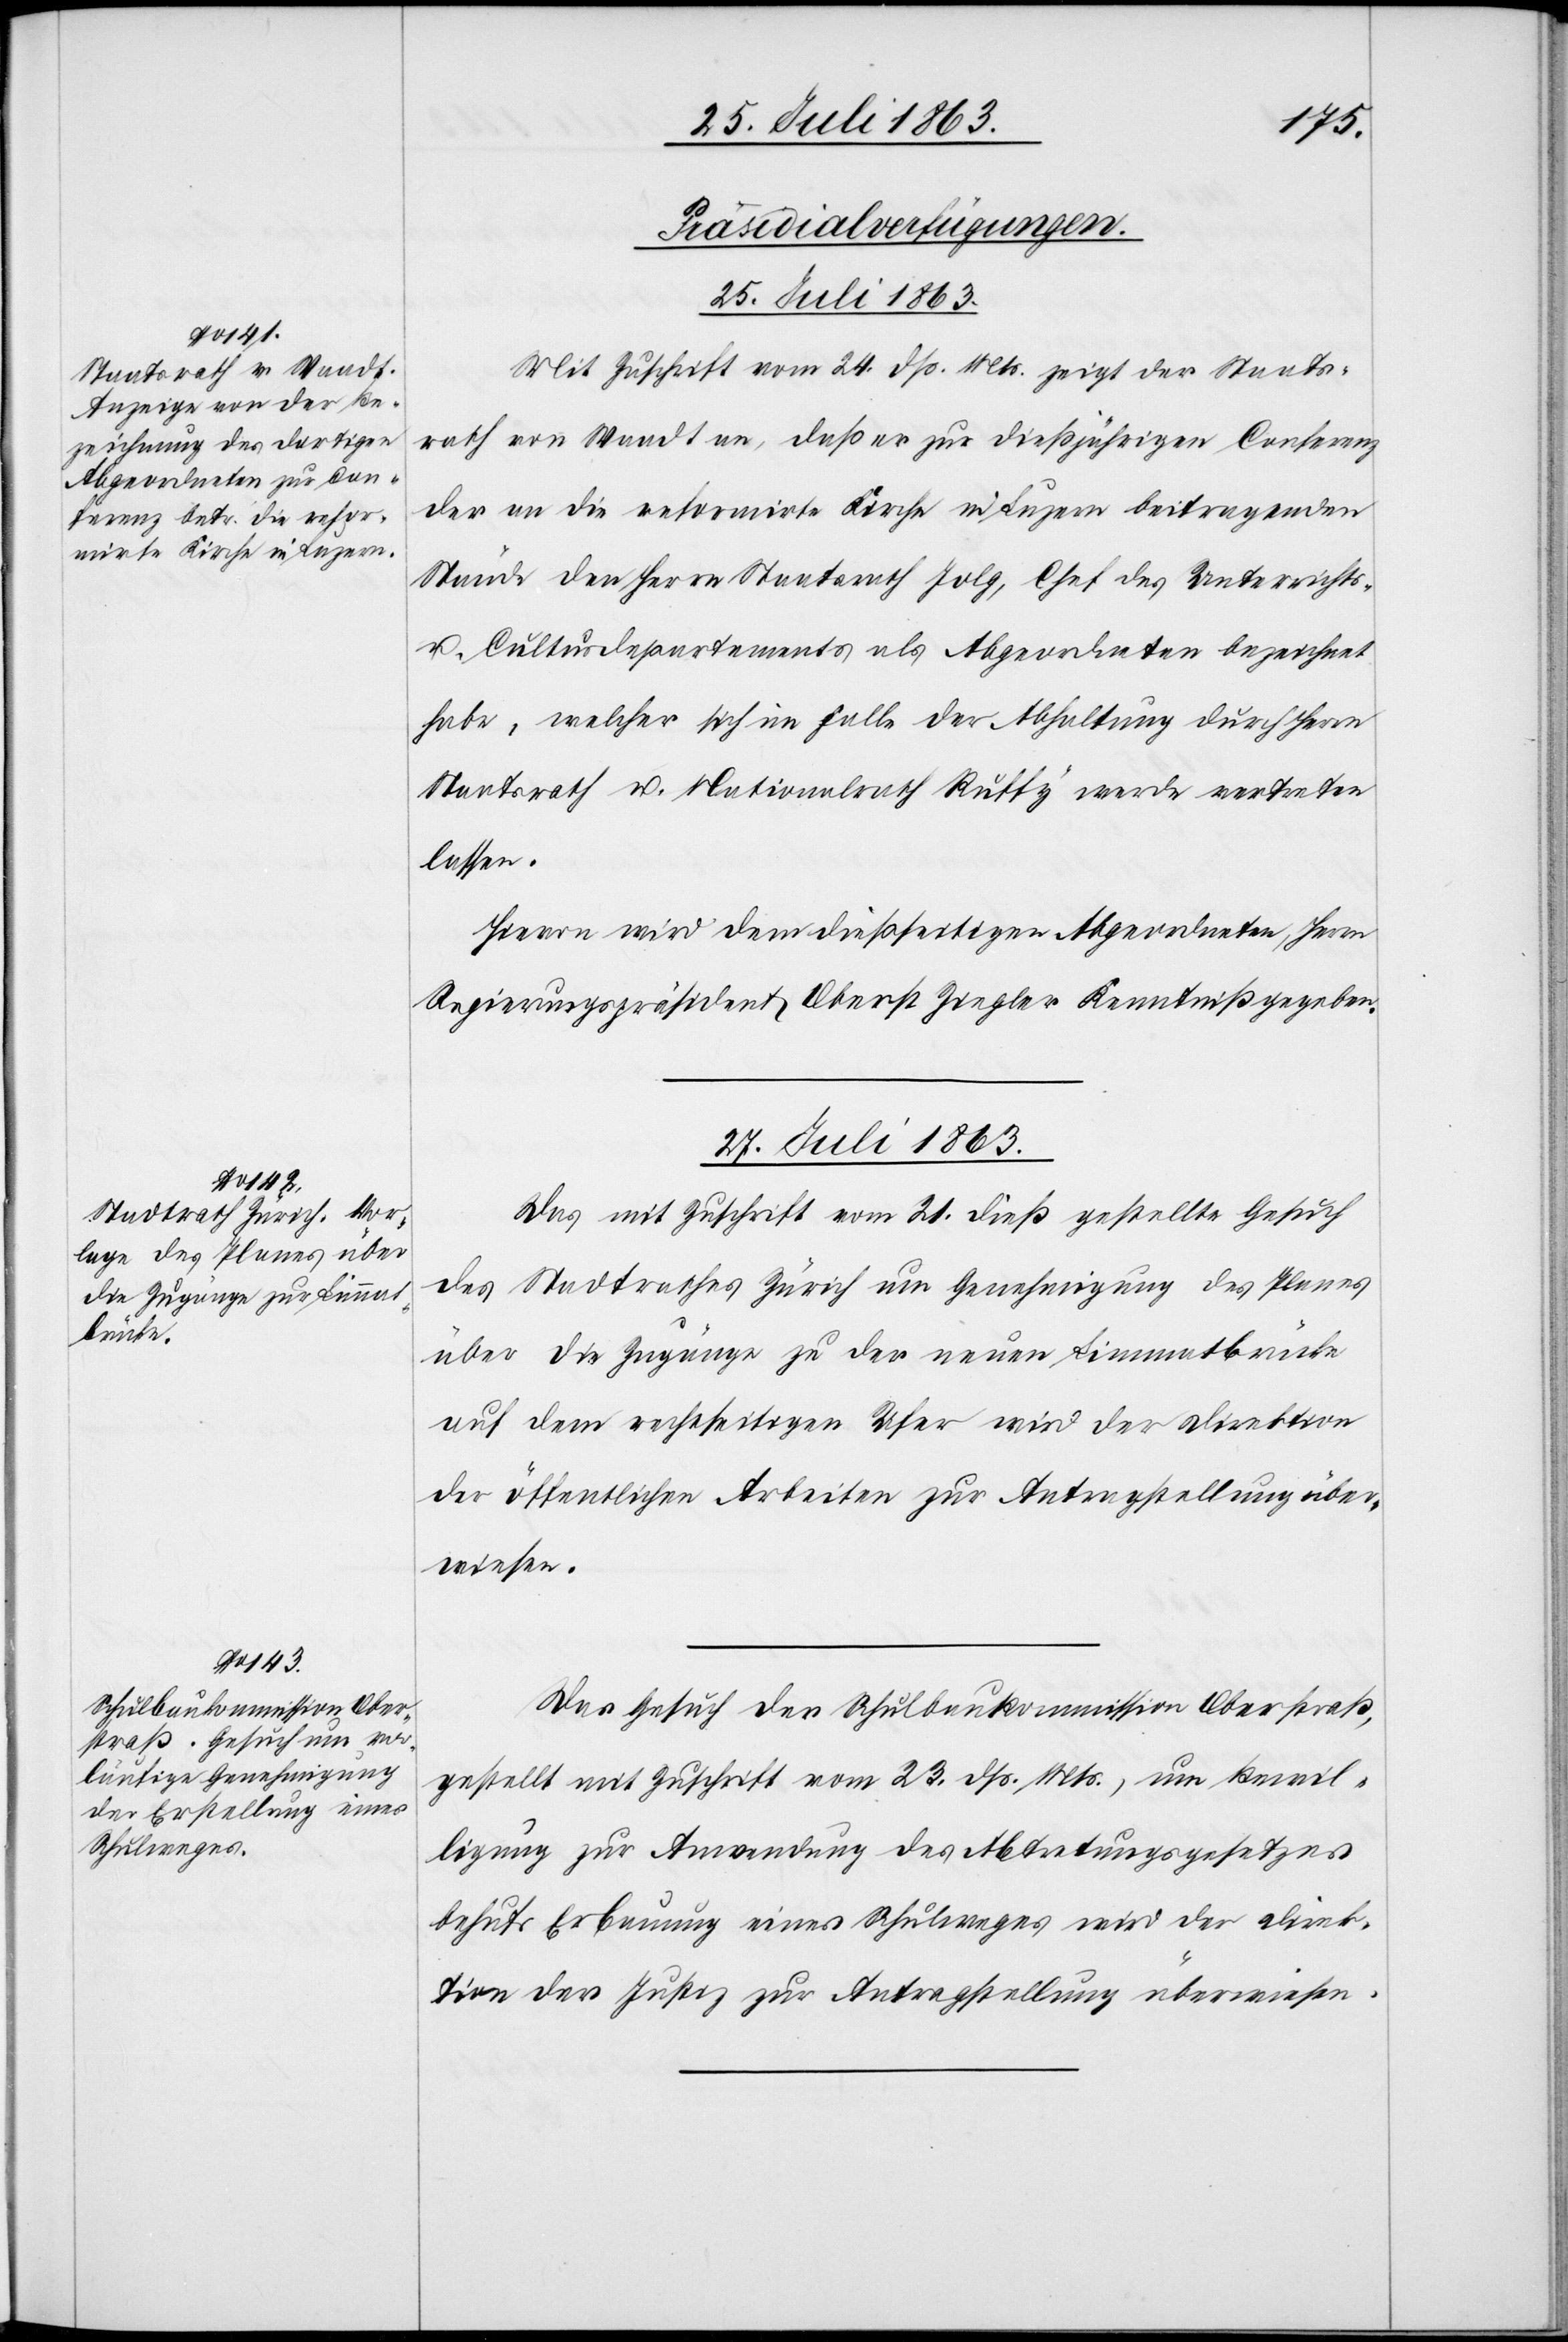
[Präsidialverfügungen.
27. Juli 1863.]
Mit Zuschrift vom 24. dß. Mts. zeigt der Staats¬
rath von Waadt an, daß er zur dießjährigen Conferenz
der an die reformirte Kirche in Luzern beitragenden
Stände den Herrn Staatsrath Jolg, Chef des Unterrichts-
u. Cultusdepartements als Abgeordneten bezeichnet
habe, welcher sich im Falle der Abhaltung durch Herrn
Staatsrath u. Nationalrath Ruffy werde vertreten
lassen.
Hievon wird dem dießseitigen Abgeordneten, Herrn
Regierungspräsident Oberst Ziegler Kenntniß gegeben.
27. Juli 1863.
Das mit Zuschrift vom 21. dieß gestellte Gesuch
des Stadtrathes Zürich um Genehmigung des Planes
über die Zugänge zu der neuen Limmatbrücke
auf dem rechtseitigen Ufer wird der Direktion
der öffentlichen Arbeiten zur Antragstellung über¬
wiesen.
Das Gesuch der Schulbaukommission Oberstraß,
gestellt mit Zuschrift vom 23. dß. Mts., um Bewil¬
ligung zur Anwendung des Abtretungsgesetzes
behufs Erbauung eines Schulweges wird der Direk¬
tion der Justiz zur Antragstellung überwiesen.